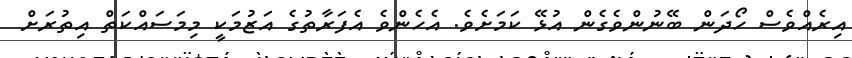
އިރެއްވެސް ހޯދަން ބޭނުންވެގެން އުޅޭ ކަމަށެވެ. އެހެންވެ އެފަރާތުގެ އަޒުމަކީ މިމަސައްކަތް އިތުރަށް